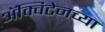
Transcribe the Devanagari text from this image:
ॲक्विटेनच्या